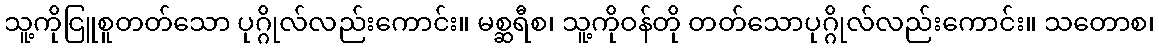
သူ့ကိုငြူစူတတ်သော ပုဂ္ဂိုလ်လည်းကောင်း။ မစ္ဆရီစ၊ သူ့ကိုဝန်တို တတ်သောပုဂ္ဂိုလ်လည်းကောင်း။ သတောစ၊